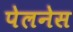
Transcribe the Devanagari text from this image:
पेलनेस